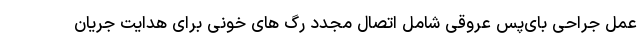
عمل جراحی بای‌پس عروقی شامل اتصال مجدد رگ های خونی برای هدایت جریان